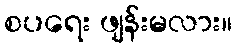
စပရေး ဖျန်းမလား။